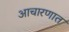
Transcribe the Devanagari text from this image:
आचारणात